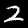
Digit: 2